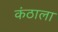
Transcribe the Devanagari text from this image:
कंठाला